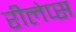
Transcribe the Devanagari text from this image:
रीलेप्स